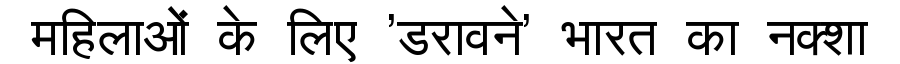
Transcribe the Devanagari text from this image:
महिलाओं के लिए 'डरावने' भारत का नक्शा